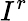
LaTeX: I^{r}